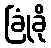
ခြုံခို